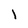
Character: l